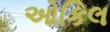
ઓકિલ